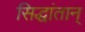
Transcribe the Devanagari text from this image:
सिद्धांतान्